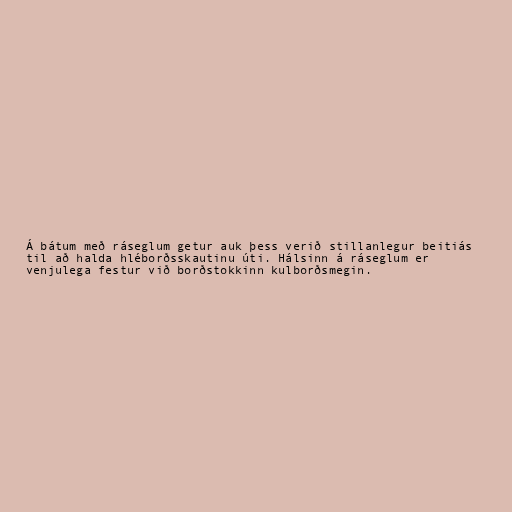
Á bátum með ráseglum getur auk þess verið stillanlegur beitiás
til að halda hléborðsskautinu úti. Hálsinn á ráseglum er
venjulega festur við borðstokkinn kulborðsmegin.